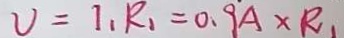
v = I _ { 1 } R _ { 1 } = 0 . 9 A \times R _ { 1 }